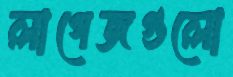
লাগেজগুলো